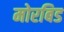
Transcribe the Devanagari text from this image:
मोरबिड